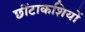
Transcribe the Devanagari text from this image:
छींटाकशियों